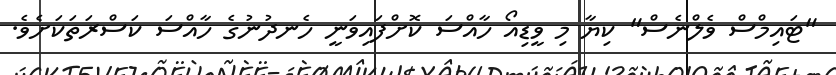
"ޓައިމްސް ވެލްނެސް" ކިޔާ މި ވީޑިއޯ ހާއްސަ ކޮށްފައިވަނީ ހެނދުނުގެ ހާއްސަ ކަސްރަތަކަށެވެ.